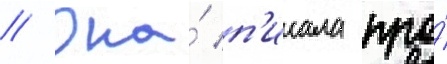
// Она́ п'исала про́